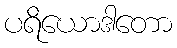
ပရိယောဒါတော